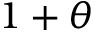
1 + \theta